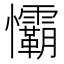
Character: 𢥻